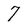
Character: 7